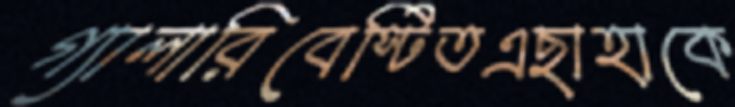
গ্যালারিবেস্টিতএছাহাকে